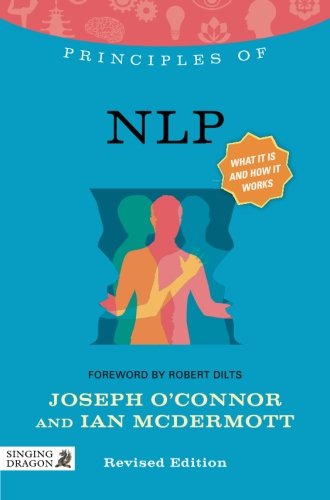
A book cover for Principles of NLP: What it is, how it works, and what it can do for you Revised Edition (Discovering Holistic Health); Joseph O'Connor; Self-Help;